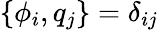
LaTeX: \{ \phi_{i},q_{j}\} =\delta_{ij}